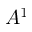
A ^ { 1 }